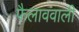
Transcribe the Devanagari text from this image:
फैलाववाली